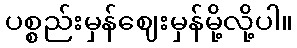
ပစ္စည်းမှန်ဈေးမှန်မို့လို့ပါ။